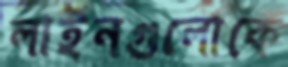
লাইনগুলোকে